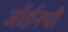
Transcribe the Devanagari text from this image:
जॉर्डनची